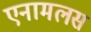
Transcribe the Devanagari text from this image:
एनामलस